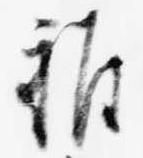
雑